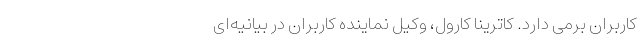
کاربران برمی دارد. کاترینا کارول، وکیل نماینده کاربران در بیانیه‌ای